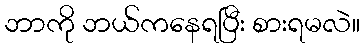
ဘာကို ဘယ်ကနေရပြီး စားရမလဲ။